Vaccination United Provinces of Agra and Oudh 1923-1928 - 1923-1928
Year: 1923
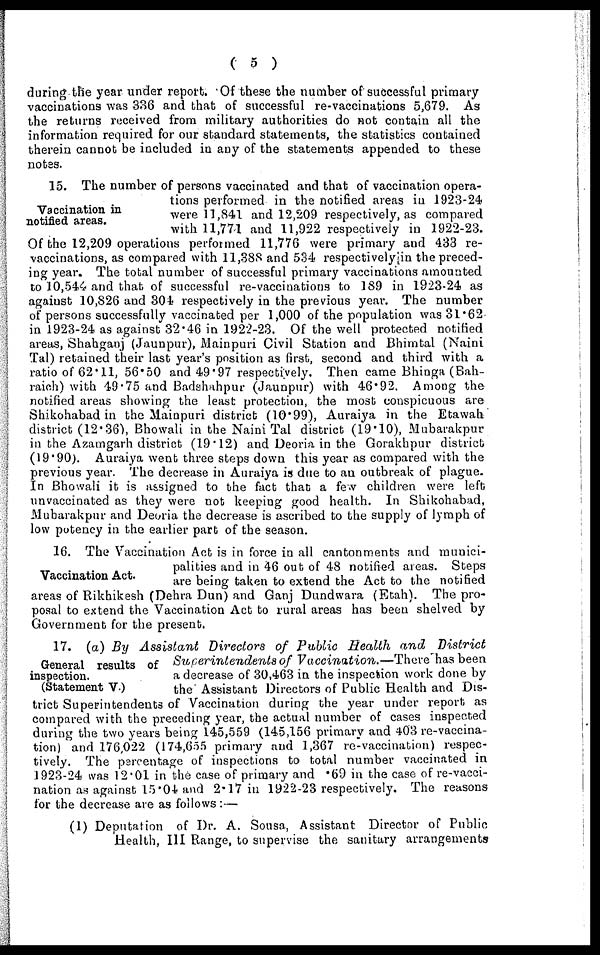
( 5 )
during the year under report. Of these the number of successful primary
vaccinations was 336 and that of successful re-vaccinations 5,679. As
the returns received from military authorities do not contain all the
information required for our standard statements, the statistics contained
therein cannot be included in any of the statements appended to these
notes.
Vaccination in
notified areas.
15. The number of persons vaccinated and that of vaccination opera-
tions performed in the notified areas in 1923-24
were 11,841 and 12,209 respectively, as compared
with 11,771 and 11,922 respectively in 1922-23.
Of the 12,209 operations performed 11,776 were primary and 433 re-
vaccinations, as compared with 11,388 and 534 respectively in the preced-
ing year. The total number of successful primary vaccinations amounted
to 10,544 and that of successful re-vaccinations to 189 in 1923-24 as
against 10,826 and 304 respectively in the previous year. The number
of persons successfully vaccinated per 1,000 of the population was 31.62
in 1923-24 as against 32.46 in 1922-23. Of the well protected notified
areas, Shahganj (Jaunpur), Mainpuri Civil Station and Bhimtal (Naini
Tal) retained their last year's position as first, second and third with a
ratio of 62.11, 56.50 and 49.97 respectively. Then came Bhinga (Bah-
raich) with 49.75 and Badshahpur (Jaunpur) with 46.92. Among the
notified areas showing the least protection, the most conspicuous are
Shikohabad in the Mainpuri district (10.99), Auraiya in the Etawah
district (12.36), Bhowali in the Naini Tal district (19.10), Mubarakpur
in the Azamgarh district (19.12) and Deoria in the Gorakhpur district
(19.90). Auraiya went three steps down this year as compared with the
previous year. The decrease in Auraiya is due to an outbreak of plague.
In Bhowali it is assigned to the fact that a few children were left
unvaccinated as they were not keeping good health. In Shikohabad,
Mubarakpur and Deoria the decrease is ascribed to the supply of lymph of
low potency in the earlier part of the season.
Vaccination Act.
16. The Vaccination Act is in force in all cantonments and munici-
palities and in 46 out of 48 notified areas. Steps
are being taken to extend the Act to the notified
areas of Rikhikesh (Dehra Dun) and Ganj Dundwara (Etah). The pro-
posal to extend the Vaccination Act to rural areas has been shelved by
Government for the present.
General results of
inspection.
(Statement V.)
17. (a) By Assistant Directors of Public Health and
District
Superintendents of Vaccination.—There
has been
a decrease of 30,463 in the inspection work done by
the Assistant Directors of Public Health and Dis-
trict Superintendents of Vaccination during the year under report as
compared with the preceding year, the actual number of cases inspected
during the two years being 145,559 (145,156 primary and 403 re-vaccina-
tion) and 176,022 (174,655 primary and 1,367 re-vaccination) respec-
tively. The percentage of inspections to total number vaccinated in
1923-24 was 12.01 in the case of primary and .69 in the case of re-vacci-
nation as against 15.04 and 2.17 in 1922-23 respectively. The reasons
for the decrease are as follows :—
(1) Deputation of Dr. A. Sousa, Assistant Director of Public
Health, III Range, to supervise the sanitary arrangements